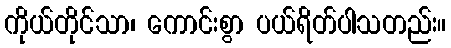
ကိုယ်တိုင်သာ၊ ကောင်းစွာ ပယ်ရိတ်ပါသတည်း။